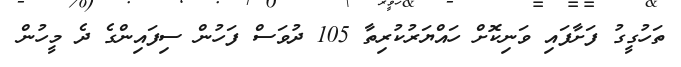
ތަހުގީގު ފަށާފައި ވަނިކޮށް ހައްޔަރުކުރިތާ 105 ދުވަސް ފަހުން ސިފައިންގެ ދެ މީހުން